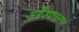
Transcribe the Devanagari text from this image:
अबेँडकरनगर